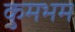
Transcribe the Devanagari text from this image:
कुमभम